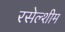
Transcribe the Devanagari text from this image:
रसेल्शीम